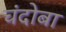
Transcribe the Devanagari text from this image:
चंदोबा